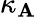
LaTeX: \kappa_{\mathbf{A}}